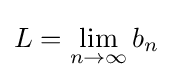
L=\lim _{n\to \infty }b_{n}